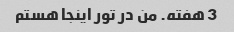
3 هفته. من در تور اینجا هستم